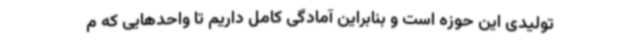
تولیدی این حوزه است و بنابراین آمادگی کامل داریم تا واحدهایی که م